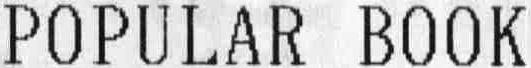
POPULAR BOOK